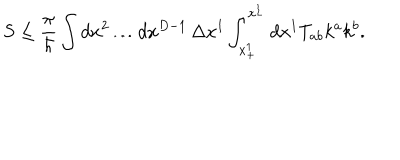
LaTeX: S \leq { \frac { \pi } { \hbar } } \int d x ^ { 2 } \ldots d x ^ { D - 1 } \, \Delta x ^ { 1 } \int _ { x _ { + } ^ { 1 } } ^ { x _ { - } ^ { 1 } } d x ^ { 1 } T _ { a b } k ^ { a } k ^ { b } .